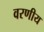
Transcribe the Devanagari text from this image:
वरणीय